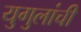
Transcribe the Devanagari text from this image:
युगुलांची